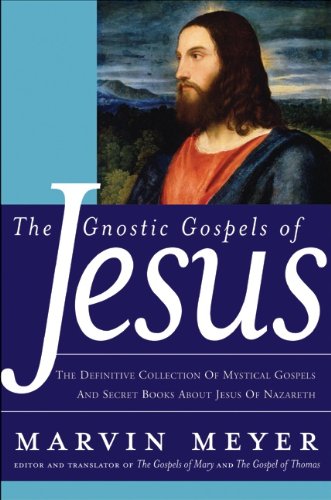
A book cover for The Gnostic Gospels of Jesus: The Definitive Collection of Mystical Gospels and Secret Books about Jesus of Nazareth; Marvin W. Meyer; Christian Books & Bibles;